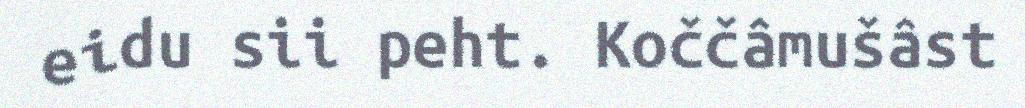
eidu sii peht. Koččâmušâst